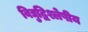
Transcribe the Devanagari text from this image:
विद्युद्विश्लेषीय